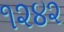
૧૨૪૨